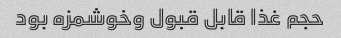
حجم غذا قابل قبول وخوشمزه بود